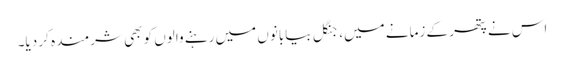
اس نے پتھر کے زمانے میں، جنگل بیابانوں میں رہنے والوں کو بھی شرمندہ کر دیا۔